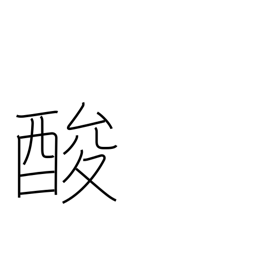
Meaning: tart